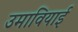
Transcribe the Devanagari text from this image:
उमावियाई